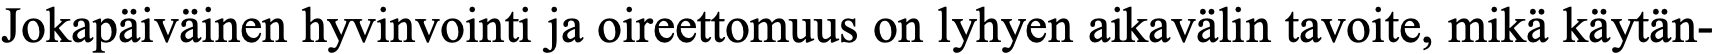
Jokapäiväinen hyvinvointi ja oireettomuus on lyhyen aikavälin tavoite, mikä käytän-